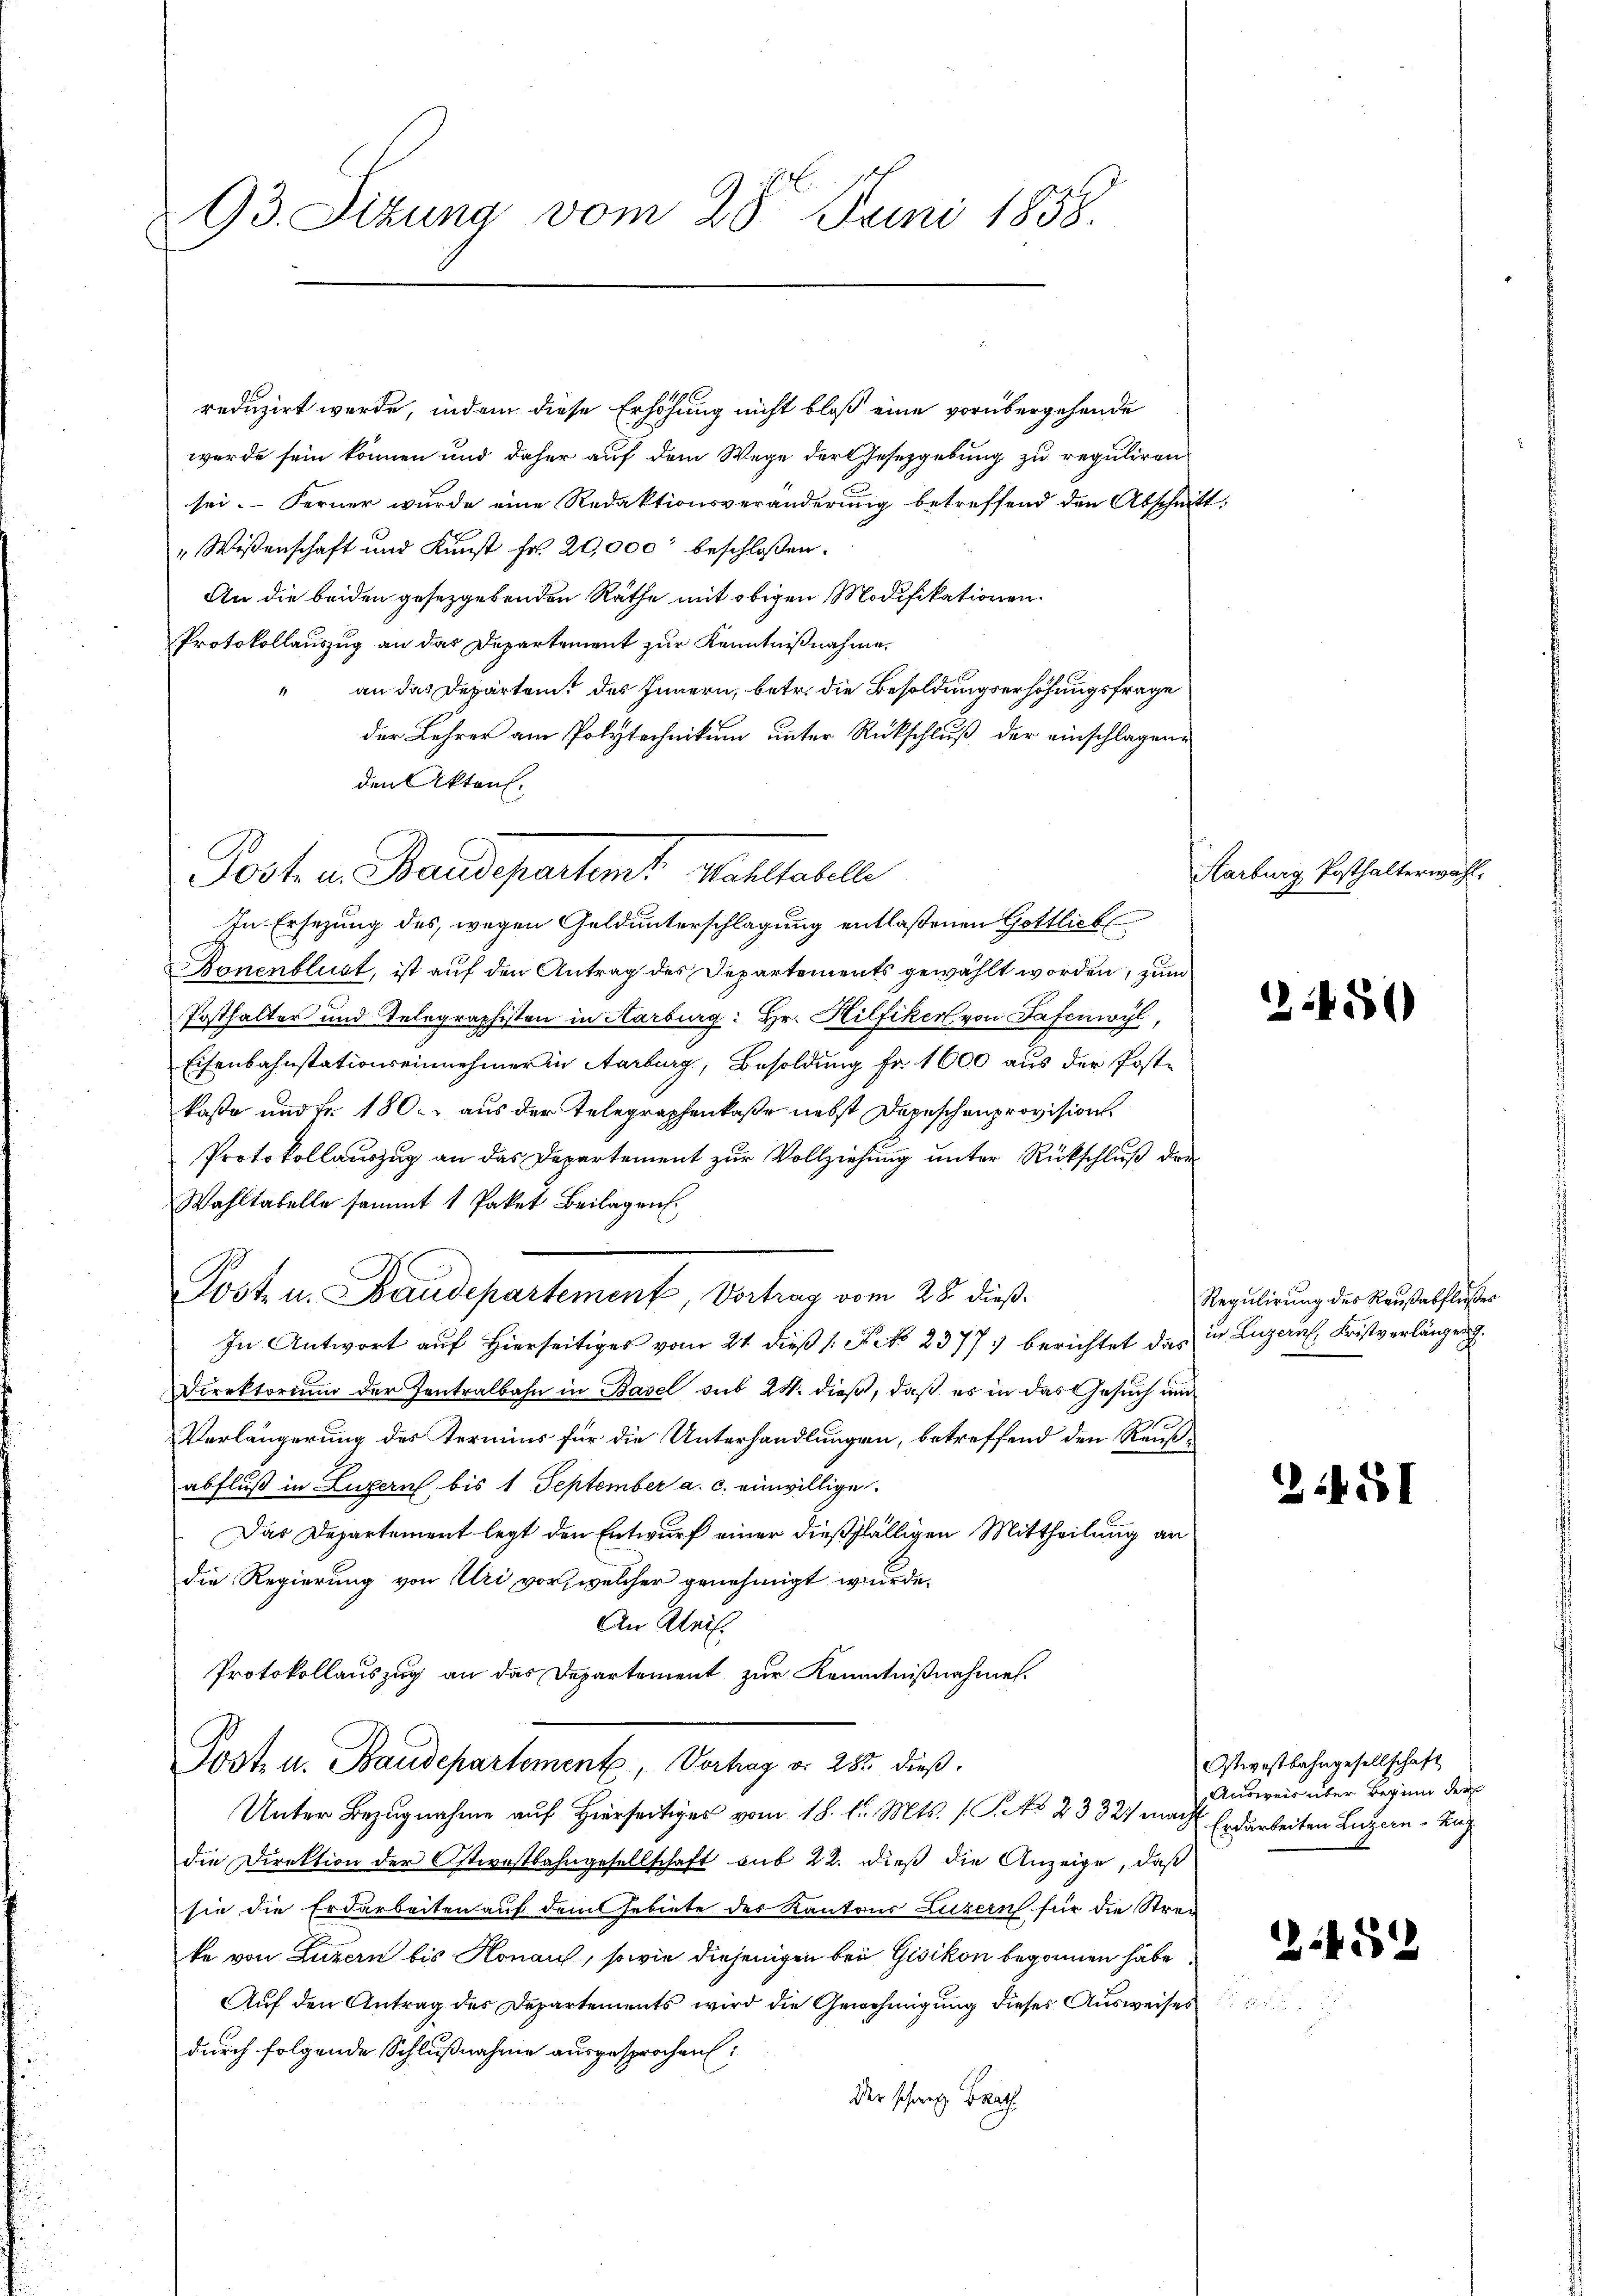
93. Sitzung vom 28. Juni 1838.

reduzirt werde, indem diese Erhöhung nicht bloß eine vorübergehende
werde sein können und daher auf dem Wege der Gesetzgebung zu reguliren
sei. Ferner wurde eine Redaktionsveränderung betreffend den Abschnitt
" Wissenschaft und Kunst fr. 20,000 beschlossen:
An die beiden gesetzgebenden Räthe mit obigen Modifikationen.
Protokollauszug an das Departement zur Kenntnißnahme,
an das Departent des Innern, betr. die Besoldungserhöhungsfrage
der Lehrer am Polytechnikum unter Rückschluß der einschlagene
Banenflust, ist auf den Antrag des Departements gewählt worden, zum
Posthalter und Telegraphisten in Karburg: Hr. Hilfiker von Patenwyl,
Eisenbahnstationseinnehmer in Aarburg, Besoldung fr. 1600 aus der Postkaste und Fr. 180. aus der Telegraphenkaße nebst Depeschenprovisions¬
Protokollauszug an das Departement zur Vollziehung unter Rückschluß der
Wahltabelle sammt 1 Paket Beilagen.
Post u. Baudepartement, Vortrag vom 28. dieß.
In Antwort auf Hierseitiges vom 21. dieß (: No 2377) berichtet das in Luzern, Fristverlänger
Direktorium der Zentralbahn in Basel sub 24. dieß, daß es in das Gesuch und
Verlängerung des Termins für die Unterhandlungen, betreffend den Reußabfluß in Luzern bis 1 September a. c. einwillige.
Das Departement legt den Entwurf einer dießfälligen Mittheilung an
die Regierung von Uri vor, welcher genehmigt wurde.
An Klein.
Protokollauszug an das Departement zur Kenntnißnahme
Post- u. Baudepartement, Vortrag d. 282 dieß.
Unter Bezugnahme auf Hierseitiges vom 18. d. Mts. (C. No 2332 macht Erdarbeiten Luzern Zug
die Direktion der Ostwestbahngesellschaft sub 22. dieß die Anzeige, daß
sie die Erdarbeiten auf dem Gebiete des Kantons Luzern für die Strake von Luzern bis Konau, sowie diejenigen bei Gisikon begonnen habe
Auf den Antrag des Departements wird die Genehmigung dieses Ausweises,
durch folgende Schlußnahme ausgesprochen:
Der schweiz Brat

den Akten.
Post. a Pausesentant Matthalte
In Ersezung des, wegen Geldunterschlagung entlaßenen Gottlich

Karburg Posthalterwähl

2450

Regulirung des Raußabflußes

2

5

1

2.452

Ostwestbahngesellschaft
Ausweis über Beginn der